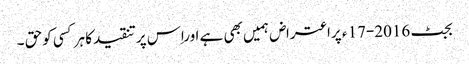
بجٹ 2016-17 ء پراعتراض ہمیں بھی ہے اوراِس پرتنقیدکا ہرکسی کوحق ۔